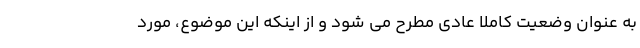
به عنوان وضعیت کاملا عادی مطرح می شود و از اینکه این موضوع، مورد